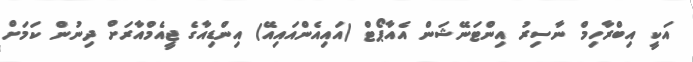
އަކީ އިބްރާހިމް ނާސިރު އިންޓަނޭޝަން އެއާޕޯޓް (އައިއެންއައިއޭ) އިންޑިއާގެ ޖީއެމްއާރަށް ދިނުން ކަމަށް